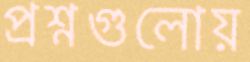
প্রশ্নগুলোয়